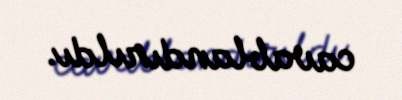
cavablandırıldı.